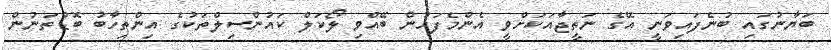
ބަޔާނުގައި ބުނެފައިވަނީ އޭގެ ނަތީޖާއަކަށްވީ އެންމެފަހުން ބޭއްވި ލޯކަލް ކައުންސިލްތަކުގެ އިންތިހާބު ބޮޑުތަނުން